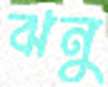
ঝনু